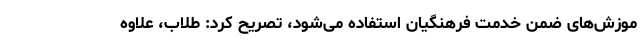
موزش‌های ضمن خدمت فرهنگیان استفاده می‌شود، تصریح کرد: طلاب، علاوه